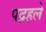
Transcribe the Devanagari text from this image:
पद्रहले